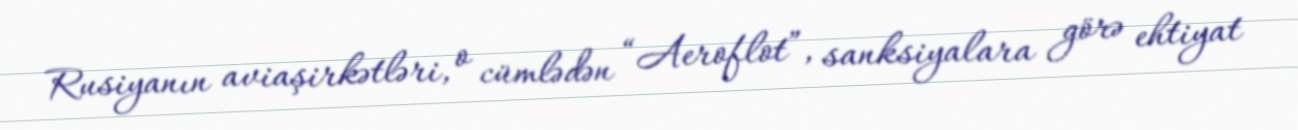
Rusiyanın aviaşirkətləri, o cümlədən “Aeroflot”, sanksiyalara görə ehtiyat